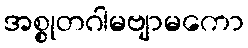
အစ္စုတဂါမဗျာမကော